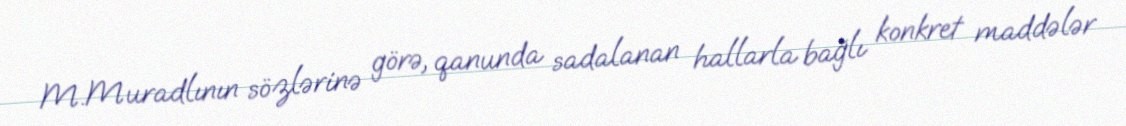
M.Muradlının sözlərinə görə, qanunda sadalanan hallarla bağlı konkret maddələr